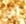
أن